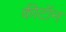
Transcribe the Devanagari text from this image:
कीटॉन